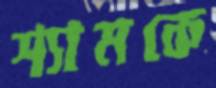
শ্যামকে